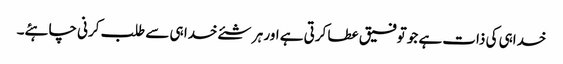
خداہی کی ذات ہے جو توفیق عطا کرتی ہے اور ہر شئے خدا ہی سے طلب کرنی چاہئے۔